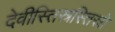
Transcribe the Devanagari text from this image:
देवीस्तिस्रस्तिस्रो